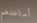
أساعدهم